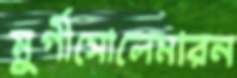
মুর্গীসোলেমারন